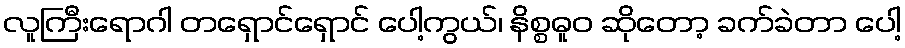
လူကြီးရောဂါ တရှောင်ရှောင် ပေါ့ကွယ်၊ နိစ္စဓူဝ ဆိုတော့ ခက်ခဲတာ ပေါ့